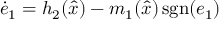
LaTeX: { \dot { e } } _ { 1 } = h _ { 2 } ( { \hat { x } } ) - m _ { 1 } ( { \hat { x } } ) \operatorname { s g n } ( e _ { 1 } )